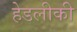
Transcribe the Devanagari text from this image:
हेडलीकी